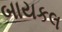
બાયકલ